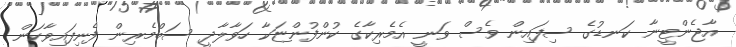
އާޖެންޓީނާ ކަނޑުގެ ސިފައިން ވެސް ވަނީ އެމެރިކާގެ ކުންފުންޏަކާ ހަވާލާދީ ސަބްމެރިން ފެނިފައިވާކަން